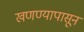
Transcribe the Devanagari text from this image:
खणण्यापासून